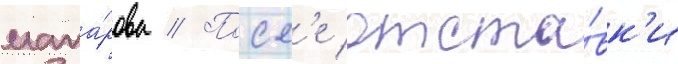
мака́рова // Посл'е отста́вк'и